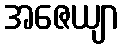
အဇေယျာ